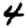
Digit: 4